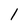
Character: l